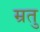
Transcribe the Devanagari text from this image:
म्रतु